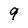
Character: 9